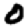
Digit: 0